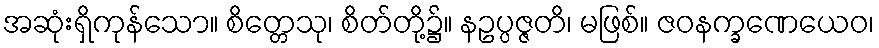
အဆုံးရှိကုန်သော။ စိတ္တေသု၊ စိတ်တို့၌။ နဥပ္ပဇ္ဇတိ၊ မဖြစ်။ ဇဝနက္ခဏေယေဝ၊